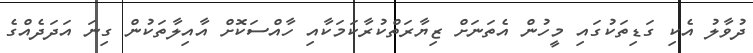
ދުވާލު އެކި ގަޑިތަކުގައި މީހުން އެތަނަށް ޒިޔާރަތްކުރާކަމަކާއި ހާއްސަކޮށް އާއިލާތަކުން ގިނަ އަދަދެއްގެ